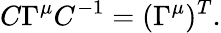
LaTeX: C\Gamma^{\mu}C^{-1}=(\Gamma^{\mu})^{T}.